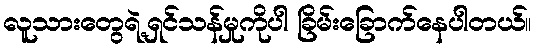
လူသားတွေရဲ့ရှင်သန်မှုကိုပါ ခြိမ်းခြောက်နေပါတယ်။